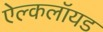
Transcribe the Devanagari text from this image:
ऐल्कलॉयड